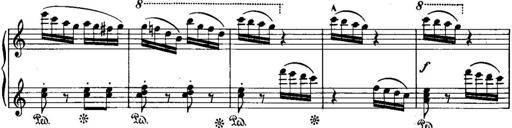
Title: Piano Sonatina No.1, Op.146
Composer: Stephen Heller